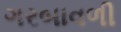
ગરબાવળી